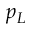
p _ { L }